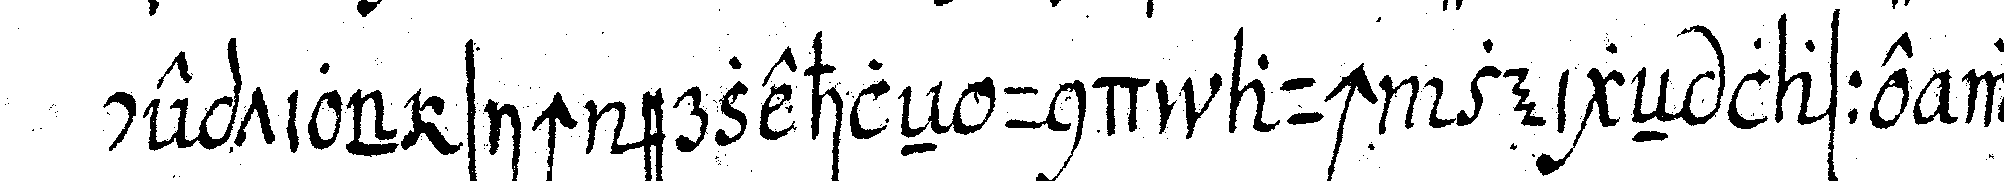
ception sich erzehleN und auch zeigeN lasse wie